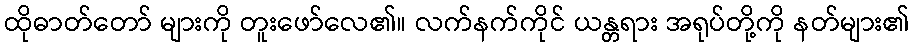
ထိုဓာတ်တော် များကို တူးဖော်လေ၏။ လက်နက်ကိုင် ယန္တရား အရုပ်တို့ကို နတ်များ၏